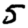
Digit: 5